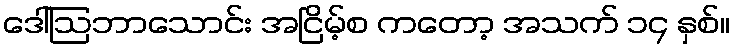
ဒေါ်ဩဘာသောင်း အငြိမ့်စ ကတော့ အသက် ၁၄ နှစ်။